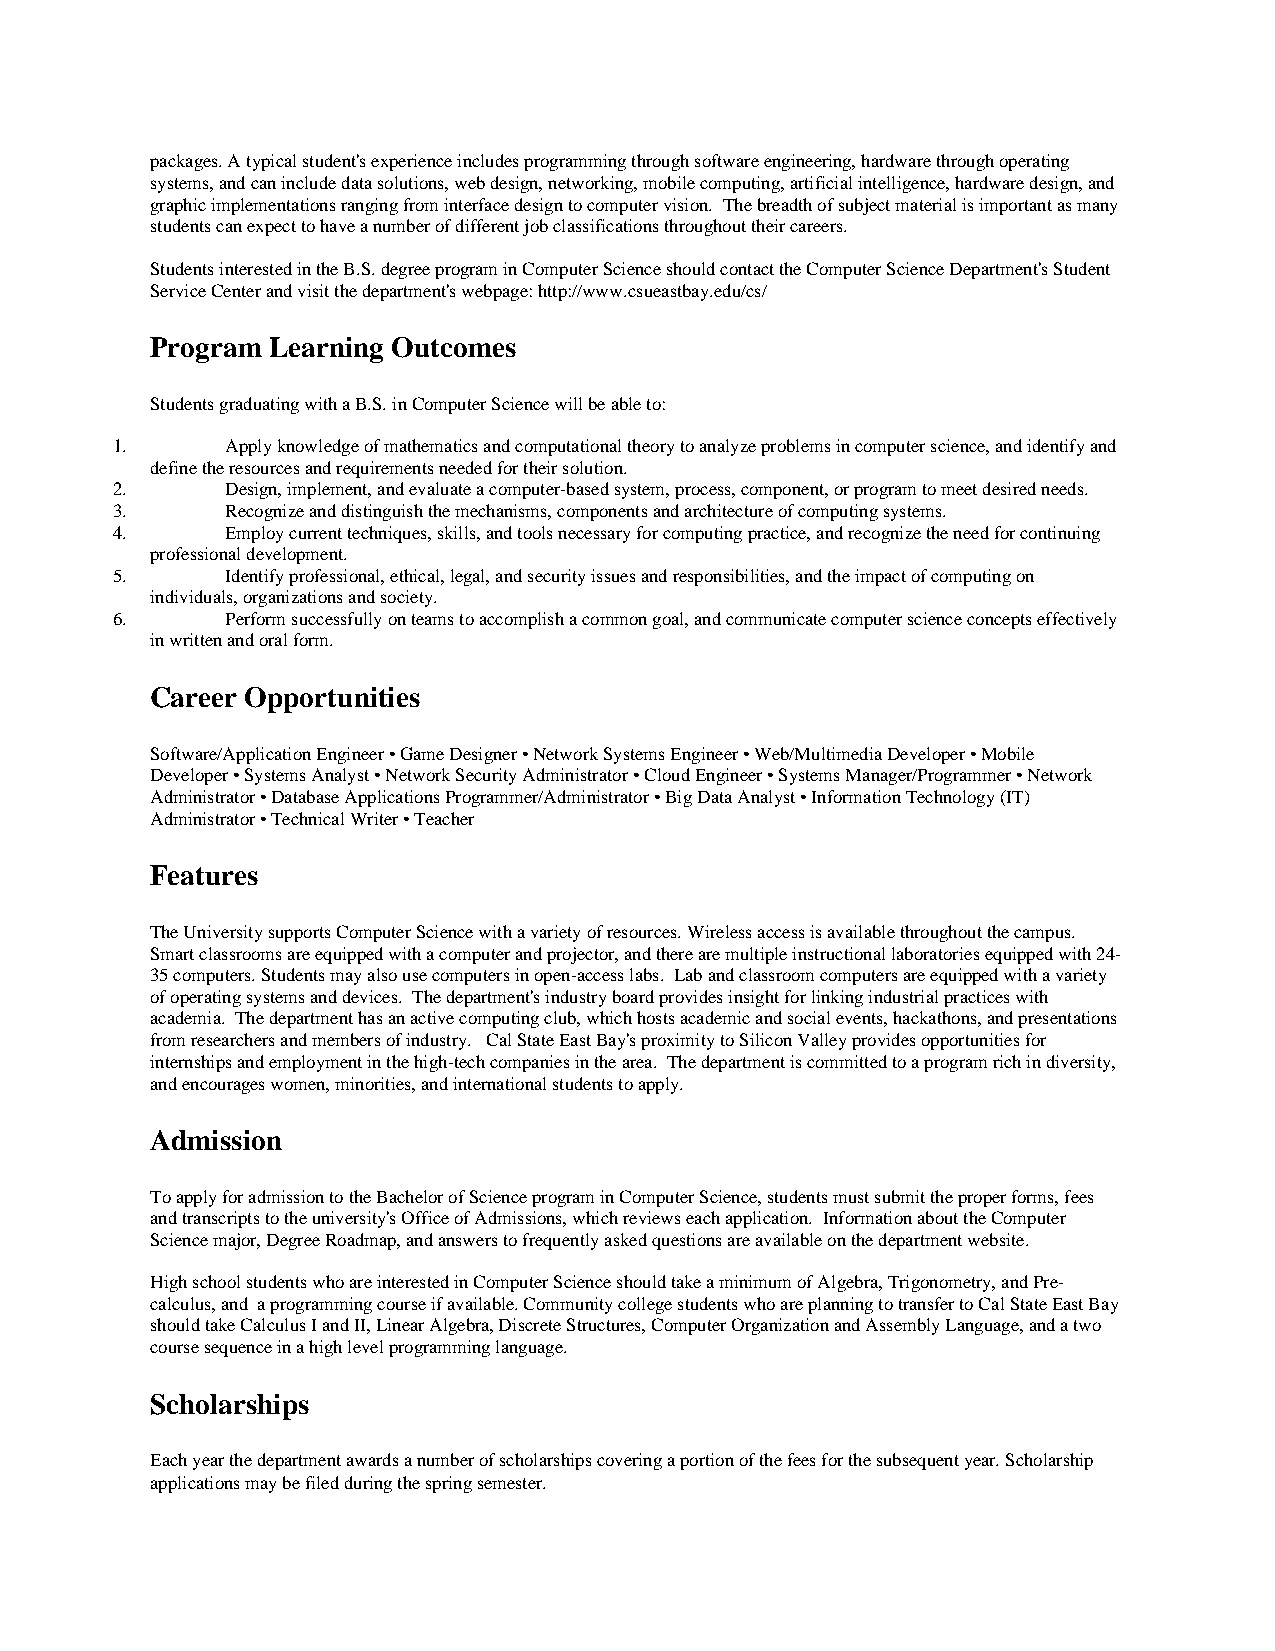
packages. A typical student's experience includes programming through software engineering, hardware through operating
 systems, and can include data solutions, web design, networking, mobile computing, artificial intelligence, hardware design, and
 graphic implementations ranging from interface design to computer vision. The breadth of subject material is important as many
 students can expect to have a number of different job classifications throughout their careers.
 Students interested in the B.S. degree program in Computer Science should contact the Computer Science Department's Student
 Service Center and visit the department's webpage: http://www.csueastbay.edu/cs/
 Program Learning Outcomes
 Students graduating with a B.S. in Computer Science will be able to:
 1.      Apply knowledge of mathematics and computational theory to analyze problems in computer science, and identify and
 define the resources and requirements needed for their solution.
 2.      Design, implement, and evaluate a computer-based system, process, component, or program to meet desired needs.
 3.      Recognize and distinguish the mechanisms, components and architecture of computing systems.
 4.      Employ current techniques, skills, and tools necessary for computing practice, and recognize the need for continuing
 professional development.
 5.      Identify professional, ethical, legal, and security issues and responsibilities, and the impact of computing on
 individuals, organizations and society.
 6.      Perform successfully on teams to accomplish a common goal, and communicate computer science concepts effectively
 in written and oral form.
 Career Opportunities
 Software/Application Engineer • Game Designer • Network Systems Engineer • Web/Multimedia Developer • Mobile
 Developer • Systems Analyst • Network Security Administrator • Cloud Engineer • Systems Manager/Programmer • Network
 Administrator • Database Applications Programmer/Administrator • Big Data Analyst • Information Technology (IT)
 Administrator • Technical Writer • Teacher
 Features
 The University supports Computer Science with a variety of resources. Wireless access is available throughout the campus.
 Smart classrooms are equipped with a computer and projector, and there are multiple instructional laboratories equipped with 24-
 35 computers. Students may also use computers in open-access labs. Lab and classroom computers are equipped with a variety
 of operating systems and devices. The department's industry board provides insight for linking industrial practices with
 academia. The department has an active computing club, which hosts academic and social events, hackathons, and presentations
 from researchers and members of industry. Cal State East Bay's proximity to Silicon Valley provides opportunities for
 internships and employment in the high-tech companies in the area. The department is committed to a program rich in diversity,
 and encourages women, minorities, and international students to apply.
 Admission
 To apply for admission to the Bachelor of Science program in Computer Science, students must submit the proper forms, fees
 and transcripts to the university's Office of Admissions, which reviews each application. Information about the Computer
 Science major, Degree Roadmap, and answers to frequently asked questions are available on the department website.
 High school students who are interested in Computer Science should take a minimum of Algebra, Trigonometry, and Pre-
 calculus, and a programming course if available. Community college students who are planning to transfer to Cal State East Bay
 should take Calculus I and II, Linear Algebra, Discrete Structures, Computer Organization and Assembly Language, and a two
 course sequence in a high level programming language.
 Scholarships
 Each year the department awards a number of scholarships covering a portion of the fees for the subsequent year. Scholarship
 applications may be filed during the spring semester.